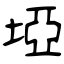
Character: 埡